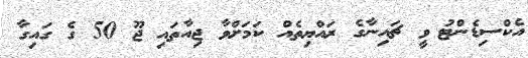
އެކްސިޑެންޓު ވީ ޗައިނާގެ ރައްޔިތެއް ކަމަށްވާ ޖިއާތައި ޖޫ 50 ގެ ގައިގާ